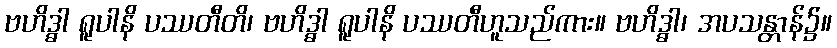
ဗဟိဒ္ဓါ ရူပါနိ ပဿတီတိ၊ ဗဟိဒ္ဓါ ရူပါနိ ပဿတီဟူသည်ကား။ ဗဟိဒ္ဓါ၊ အပသန္တာန်၌။